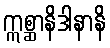
ဣစ္ဆာနိဒါနာနိ